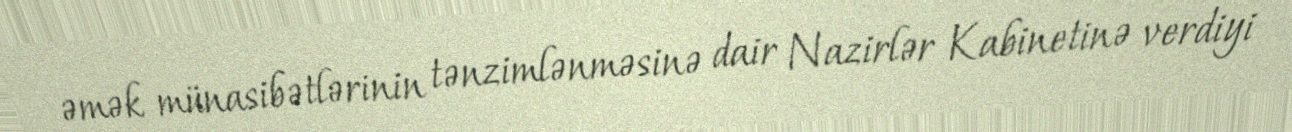
əmək münasibətlərinin tənzimlənməsinə dair Nazirlər Kabinetinə verdiyi